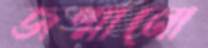
জন্মানো